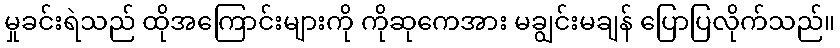
မှုခင်းရဲသည် ထိုအကြောင်းများကို ကိုဆုကေအား မချွင်းမချန် ပြောပြလိုက်သည်။